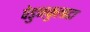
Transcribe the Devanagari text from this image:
पेडुनकुलाटा